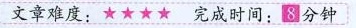
文章难度:★★★★ 完成时间：8分钟